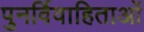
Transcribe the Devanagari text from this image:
पुनर्विवाहिताओं